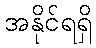
အနိုင်ရရှိ